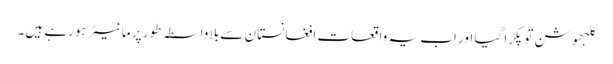
کلبھوشن توپکڑا گیا اور اب یہ واقعات افغانستان سے بلا واسطہ طور پر ما نیٹر ہو رہے ہیں۔